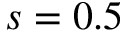
s = 0 . 5